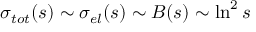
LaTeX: \sigma _ { t o t } ( s ) \sim \sigma _ { e l } ( s ) \sim B ( s ) \sim \ln ^ { 2 } s